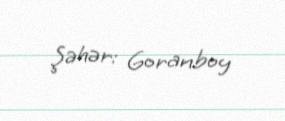
Şəhər: Goranboy